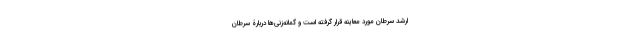
ارشد سرطان مورد معاینه قرار گرفته است و گمانه‌زنی‌ها دربارۀ سرطان